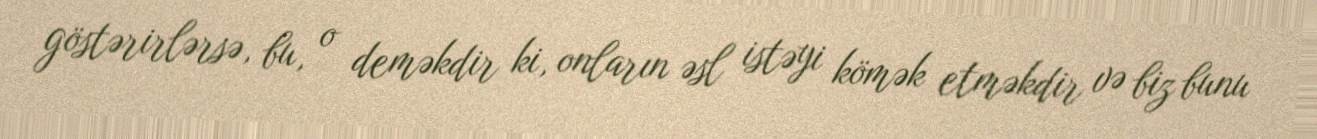
göstərirlərsə, bu, o deməkdir ki, onların əsl istəyi kömək etməkdir və biz bunu